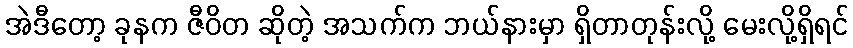
အဲဒီတော့ ခုနက ဇီဝိတ ဆိုတဲ့ အသက်က ဘယ်နားမှာ ရှိတာတုန်းလို့ မေးလို့ရှိရင်